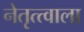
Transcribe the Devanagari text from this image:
नेतृत्त्वाला